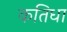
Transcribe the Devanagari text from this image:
कतिधा